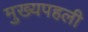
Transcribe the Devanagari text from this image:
मुख्यपहली